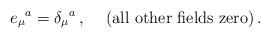
LaTeX: \begin{align*}e_\mu{}^a = \delta_\mu{}^a\, ,\hskip .5truecm ({\rm all\ other\ fields\ zero})\, .\end{align*}